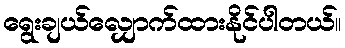
ရွေးချယ်လျှောက်ထားနိုင်ပါတယ်။